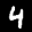
Label: 4